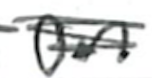
Text: on
Cross-out: scratch
Writing tool: ballpoint